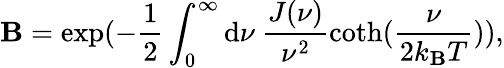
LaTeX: \mathbf{B}=\exp(-\frac{{1}}{{2}}\int_{0}^{\infty}\mathrm{{d}}\nu~\frac{{J(\nu)}}{{\nu^{2}}}\coth(\frac{{\nu}}{{2k_{\mathrm{{\mathbf{B}}}}T}})),